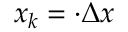
x _ { k } = \cdot \Delta x